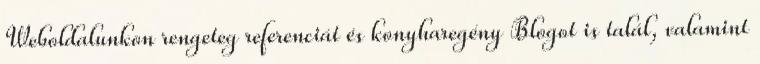
Weboldalunkon rengeteg referenciát és konyharegény Blogot is talál, valamint